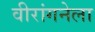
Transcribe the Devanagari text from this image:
वीरांगनेला